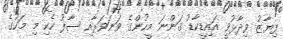
ފިޔާޒު ވިދާޅުވީ އައިޑީކާޑު ގަންނަ މީހުންގެ ވަނަވަރާއި ސާފު ހެކި މި މަހުގެ